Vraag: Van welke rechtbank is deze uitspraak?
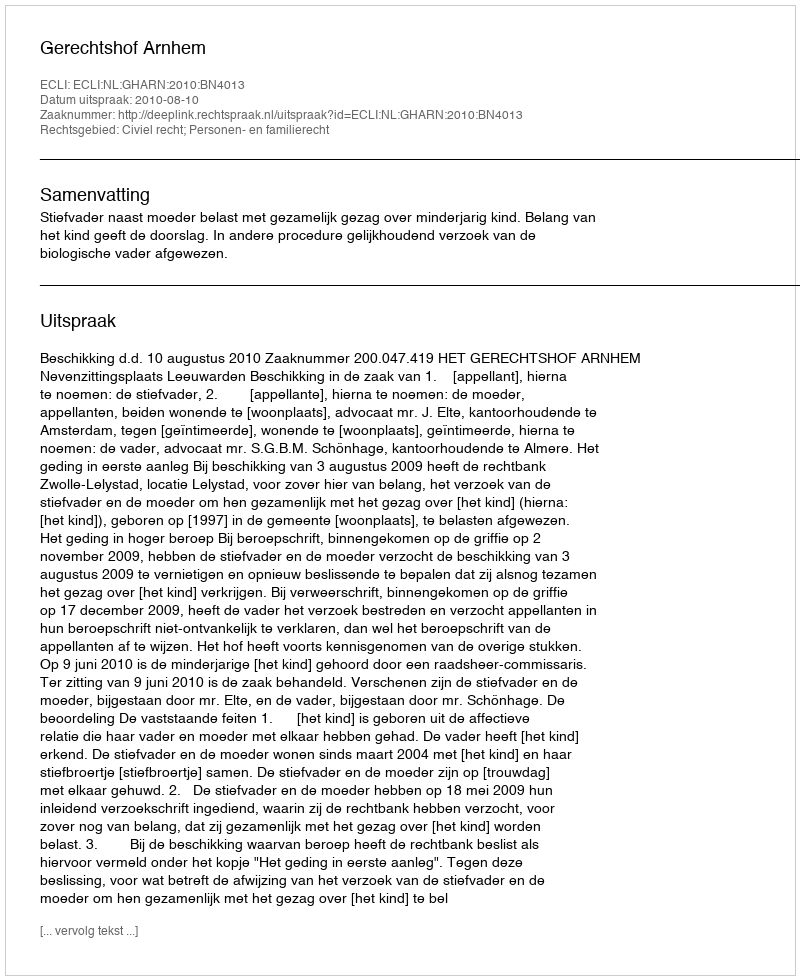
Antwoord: Gerechtshof Arnhem